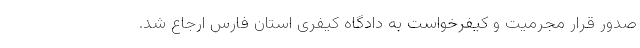
صدور قرار مجرمیت و کیفرخواست به دادگاه کیفری استان فارس ارجاع شد.